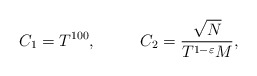
\begin{align*}C_1 = T^{100}, ~~~~~~~~C_2 = \frac{\sqrt{N}}{T^{1-\varepsilon}M}, \end{align*}